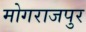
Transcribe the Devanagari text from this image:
मोगराजपुर